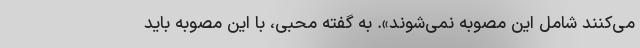
می‌کنند شامل این مصوبه نمی‌شوند». به گفته محبی، با این مصوبه باید